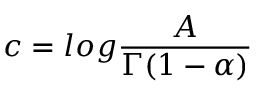
c = l o g \frac { A } { \Gamma ( 1 - \alpha ) }